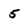
Character: 5